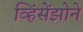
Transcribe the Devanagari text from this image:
व्हिंसेंझोने